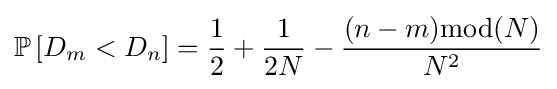
\mathbb {P} \left[D_{m}<D_{n}\right]={\frac {1}{2}}+{\frac {1}{2N}}-{\frac {(n-m){\text{mod}}(N)}{N^{2}}}